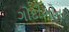
ગોદીઓના